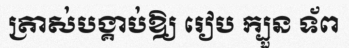
ត្រាស់បង្គាប់ឱ្យ រៀប ក្បួន ទ័ព